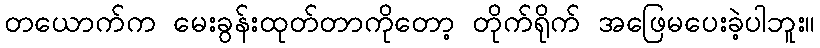
တယောက်က မေးခွန်းထုတ်တာကိုတော့ တိုက်ရိုက် အဖြေမပေးခဲ့ပါဘူး။